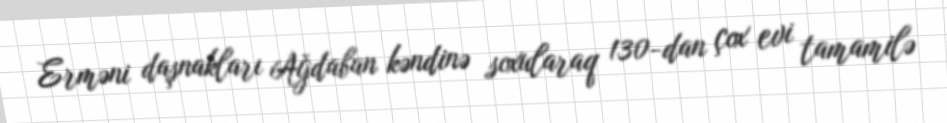
Erməni daşnakları Ağdaban kəndinə soxularaq 130-dan çox evi tamamilə